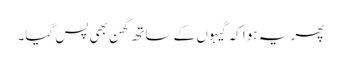
پھر یہ ہوا کہ گیہوں کے ساتھ گھن بھی پس گیا۔